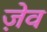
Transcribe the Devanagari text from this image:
ज़ेव